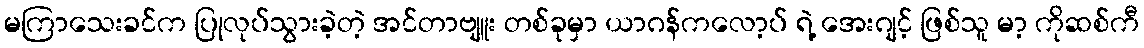
မကြာသေးခင်က ပြုလုပ်သွားခဲ့တဲ့ အင်တာဗျူး တစ်ခုမှာ ယာဂန်ကလော့ပ် ရဲ့ အေးဂျင့် ဖြစ်သူ မာ့ ကိုဆစ်ကီ